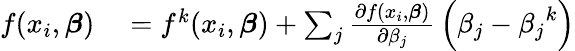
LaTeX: \begin{array}{rl}{f(x_{i},{\boldsymbol{\beta}})}&{{}=f^{k}(x_{i},{\boldsymbol{\beta}})+\sum_{j}{\frac{\partial f(x_{i},{\boldsymbol{\beta}})}{\partial\beta_{j}}}\left(\beta_{j}-{\beta_{j}}^{k}\right)}\end{array}